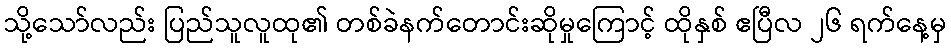
သို့သော်လည်း ပြည်သူလူထု၏ တစ်ခဲနက်တောင်းဆိုမှုကြောင့် ထိုနှစ် ဧပြီလ ၂၆ ရက်နေ့မှ